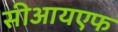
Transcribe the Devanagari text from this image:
सीआयएफ